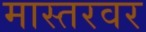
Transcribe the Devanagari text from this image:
मास्तरवर